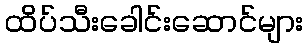
ထိပ်သီးခေါင်းဆောင်များ